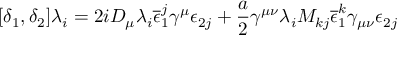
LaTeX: [ \delta _ { 1 } , \delta _ { 2 } ] \lambda _ { i } = 2 i D _ { \mu } \lambda _ { i } \overline { { { \epsilon } } } _ { 1 } ^ { j } \gamma ^ { \mu } \epsilon _ { 2 j } + \frac { a } { 2 } \gamma ^ { \mu \nu } \lambda _ { i } M _ { k j } \overline { { { \epsilon } } } _ { 1 } ^ { k } \gamma _ { \mu \nu } \epsilon _ { 2 j }